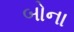
બોના